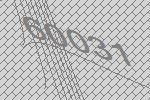
60031